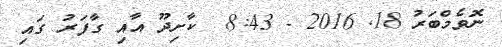
ނޮވެމްބަރު 18